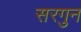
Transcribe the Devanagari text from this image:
सरगुन